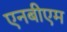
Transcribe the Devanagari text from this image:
एनबीएम